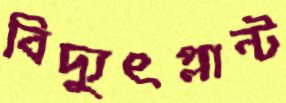
বিদ্যুৎপ্লান্ট